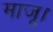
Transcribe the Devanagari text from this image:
माजू।